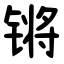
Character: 锵